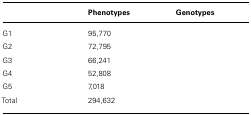
<table><thead><tr><td>[EMPTY_CELL]</td><td><b>Phenotypes</b></td><td><b>Genotypes</b></td></tr></thead><tbody><tr><td>G1</td><td>95,770</td><td>[EMPTY_CELL]</td></tr><tr><td>G2</td><td>72,795</td><td>[EMPTY_CELL]</td></tr><tr><td>G3</td><td>66,241</td><td>[EMPTY_CELL]</td></tr><tr><td>G4</td><td>52,808</td><td>[EMPTY_CELL]</td></tr><tr><td>G5</td><td>7,018</td><td>[EMPTY_CELL]</td></tr><tr><td>Total</td><td>294,632</td><td>[EMPTY_CELL]</td></tr></tbody></table>